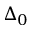
\Delta _ { 0 }